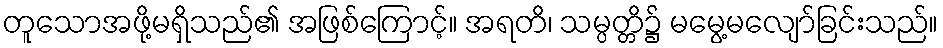
တူသောအဖို့မရှိသည်၏ အဖြစ်ကြောင့်။ အရတိ၊ သမ္ပတ္တိ၌ မမွေ့မလျော်ခြင်းသည်။